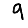
Digit: 9